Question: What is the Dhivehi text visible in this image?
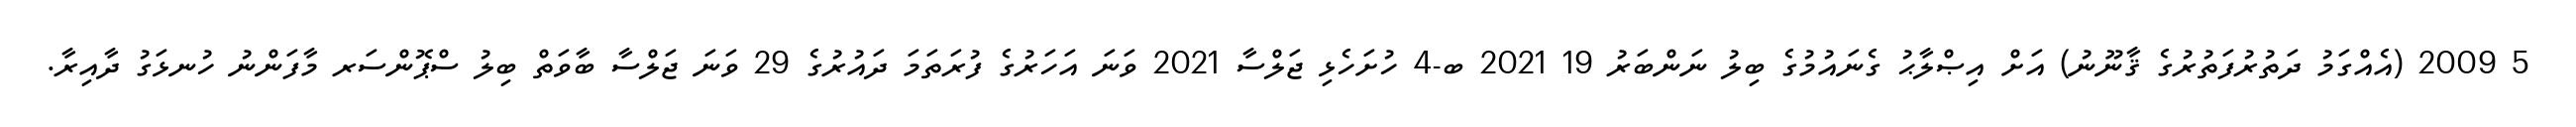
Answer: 5 2009 (އެއްގަމު ދަތުރުފަތުރުގެ ޤާނޫނު) އަށް އިޞްލާޙު ގެނައުމުގެ ބިލު ނަންބަރު 19 2021 ބ-4 ހުށަހެޅި ޖަލްސާ 2021 ވަނަ އަހަރުގެ ފުރަތަމަ ދައުރުގެ 29 ވަނަ ޖަލްސާ ބާވަތް ބިލު ސްޕޮންސަރ މާފަންނު ހުނޅަގު ދާއިރާ.